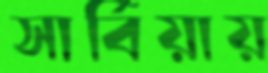
সার্বিয়ায়